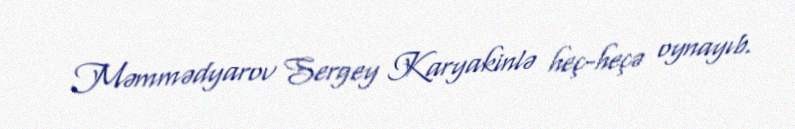
Məmmədyarov Sergey Karyakinlə heç-heçə oynayıb.